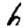
Digit: 6